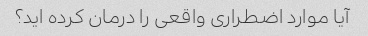
آیا موارد اضطراری واقعی را درمان کرده اید؟